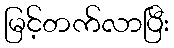
မြင့်တက်လာပြီး